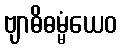
ဗျာဓိဓမ္မံယေဝ